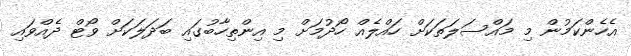
އެހެންކަމުން މި މައްސަލަތަކަށް ހައްލެއް ހޯދުމަށް މި އިންތިހާބުގައި ބަދަލަކަށް ވޯޓް ދެއްވައި